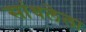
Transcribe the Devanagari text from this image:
सांधलेला